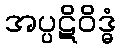
အပ္ပဋိဝိဒ္ဓံ